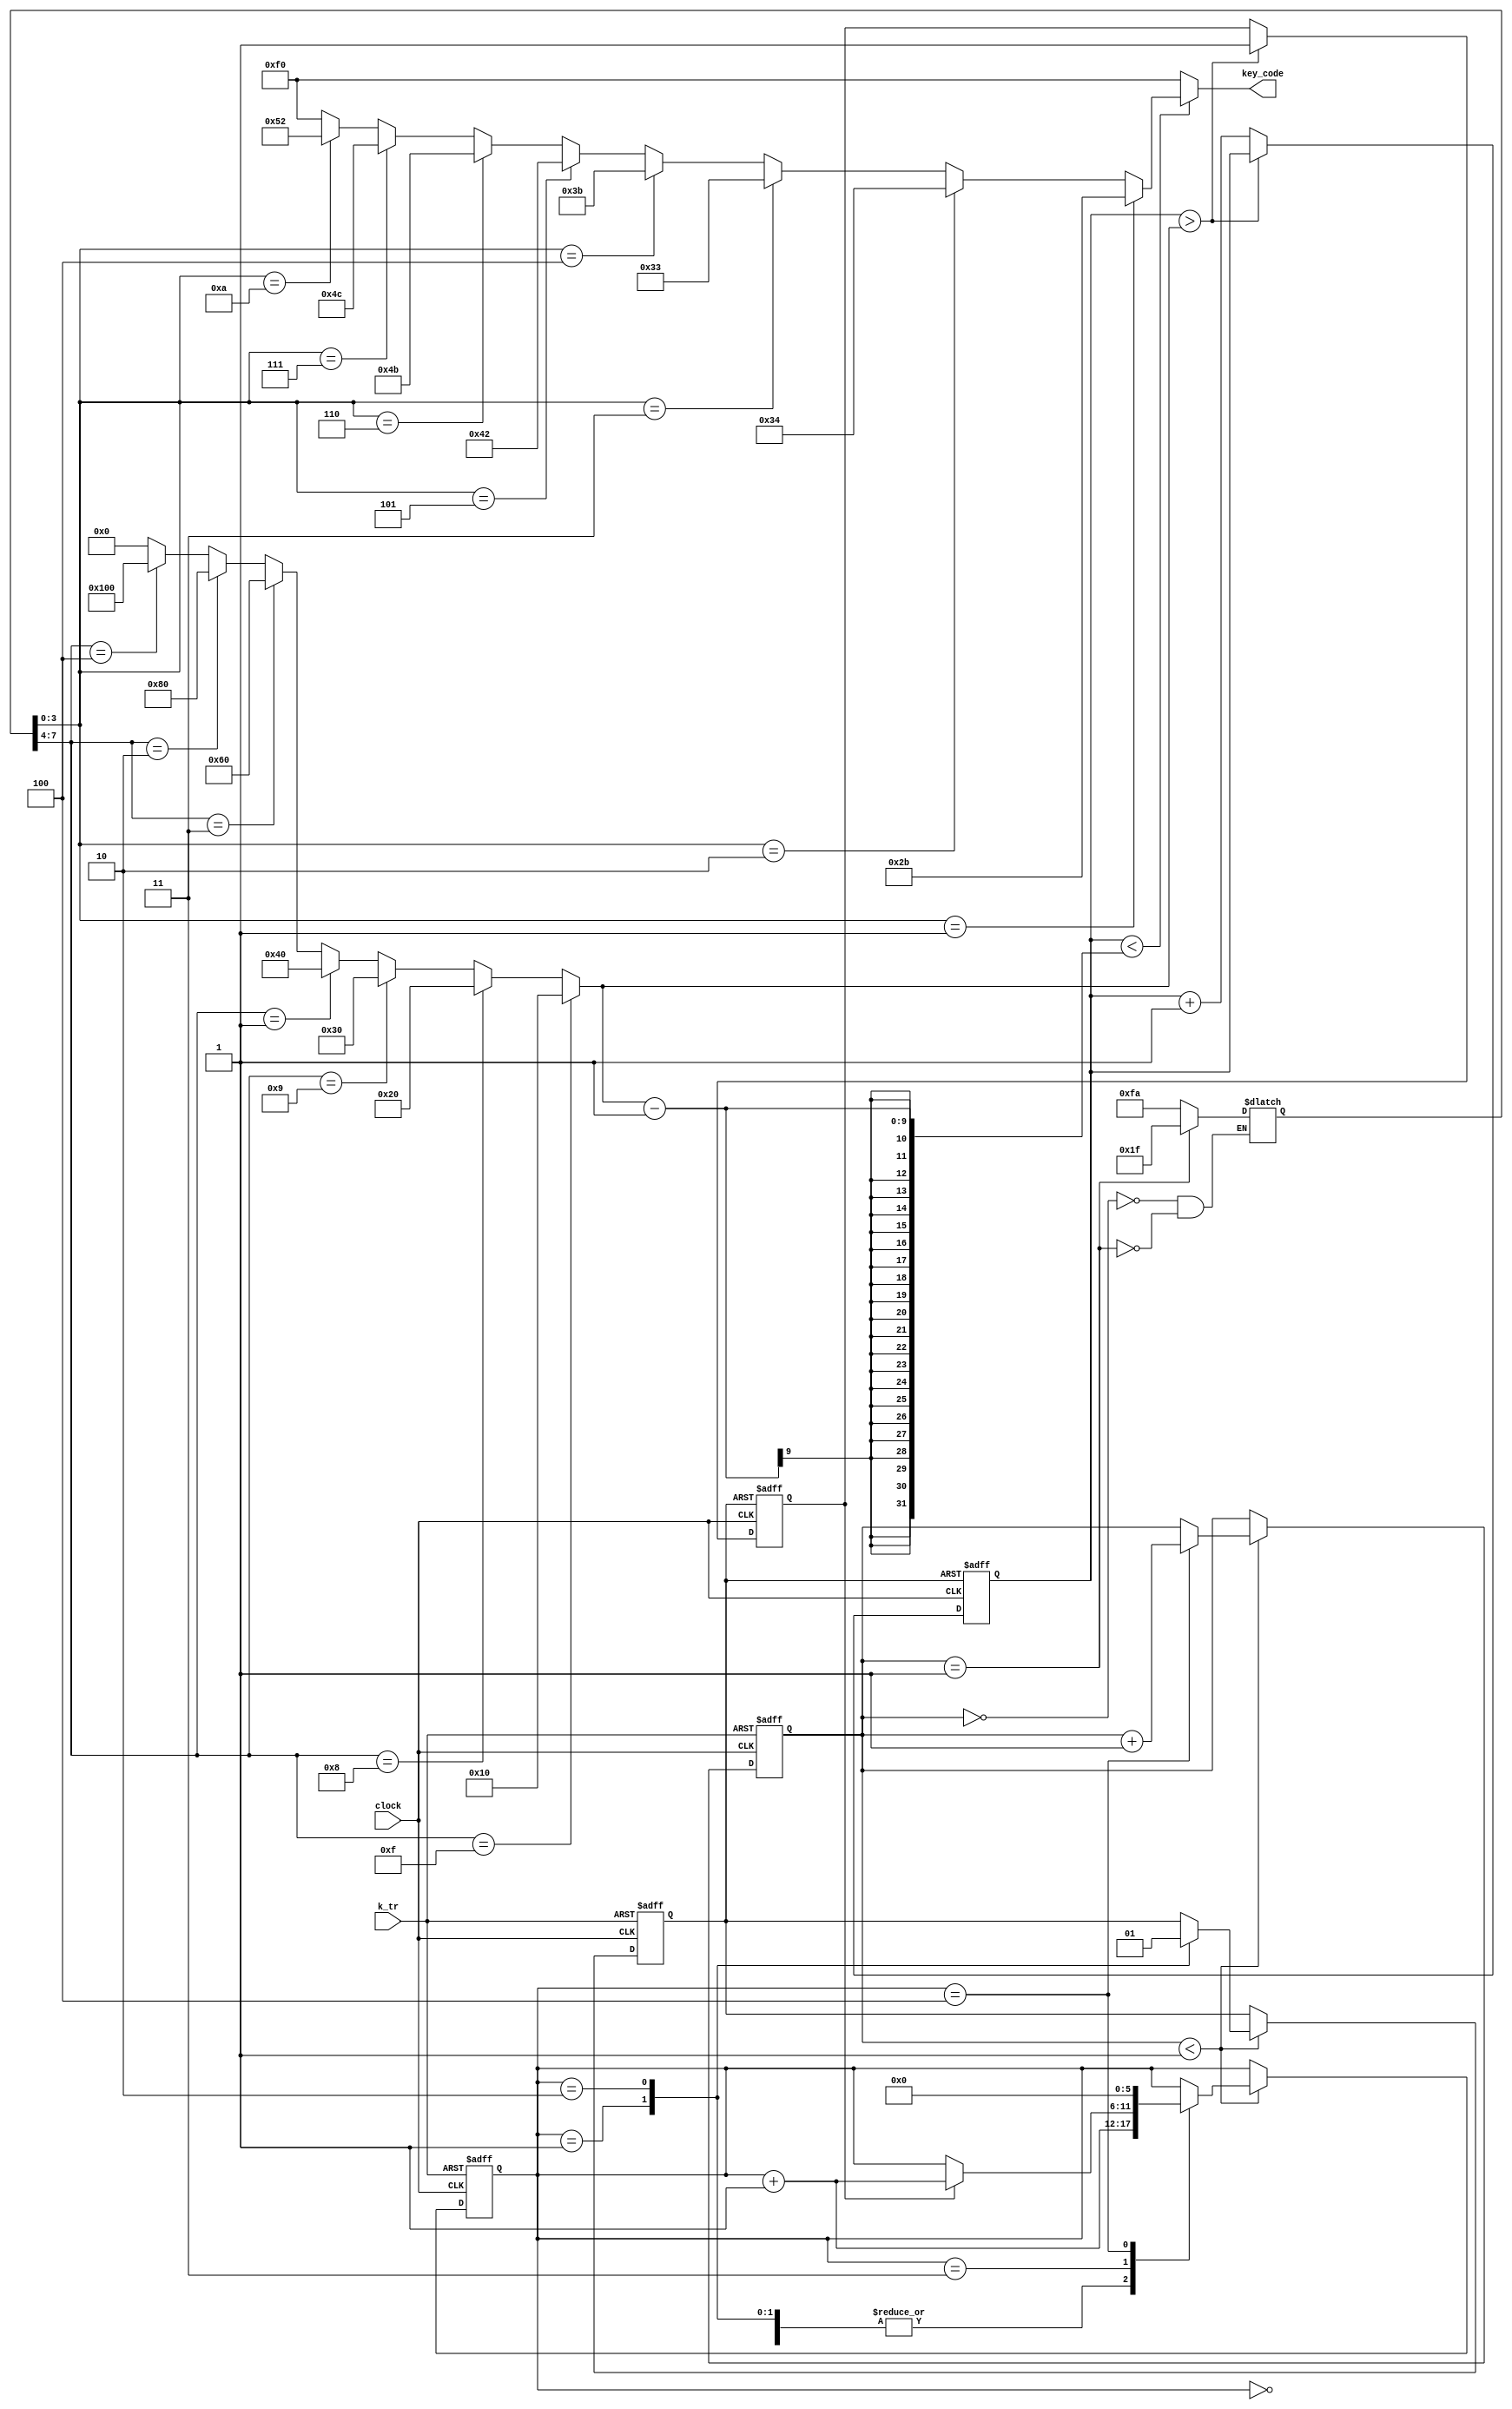
module demo_sound1(
	input  clock,
	output [7:0]key_code,
	input  k_tr
);

	reg [15:0]tmp;
	wire[15:0]tmpa;
	reg tr;
	reg [15:0]step;
	wire[15:0]step_r;
	reg [15:0]TT;
	reg[5:0]st;
	reg go_end;

////////Music-processing////////
	always @(negedge k_tr or posedge clock) begin
	if (!k_tr) begin
   		step=0;
   		st=0;
   		tr=0;
	end
	else
	if (step<step_r) begin
  		case (st)
  		0: st=st+1;
  		1: begin tr=0; st=st+1;end
  		2: begin tr=1;st=st+1;end
  		3: if(go_end) st=st+1;
  		4: begin st=0;step=step+1;end
  		endcase
	end
	end

///////////////  pitch  //////////////////
	wire [7:0]key_code1=(
		(TT[3:0]==1)?8'h2b:(//1
		(TT[3:0]==2)?8'h34:(//2
		(TT[3:0]==3)?8'h33:(//3
		(TT[3:0]==4)?8'h3b:(//4
		(TT[3:0]==5)?8'h42:(//5
		(TT[3:0]==6)?8'h4b:(//6
		(TT[3:0]==7)?8'h4c:(//7
		(TT[3:0]==10)?8'h52:(//1
		(TT[3:0]==15)?8'hf0:8'hf0
		))))))))
	);

///////////////  paddle  ///////////////////
	assign tmpa[15:0]=(
		(TT[7:4]==15)?16'h10:(
		(TT[7:4]==8)? 16'h20:(
		(TT[7:4]==9)? 16'h30:(
		(TT[7:4]==1)? 16'h40:(
		(TT[7:4]==3)? 16'h60:(
		(TT[7:4]==2)? 16'h80:(
		(TT[7:4]==4)? 16'h100:0
		))))))
	);

/////////// note list ///////////
	always @(step) begin
	case (step)
		0:TT=8'hfa;
		1:TT=8'h1f;//end
	endcase
	end
	assign step_r=1;///Total note

/////////////KEY release & code-out ////////////////
	always @(negedge tr or posedge clock)begin
		if(!tr) begin tmp=0;go_end=0 ;end
		else if (tmp>tmpa)go_end=1; 
		else tmp=tmp+1;
	end
	assign key_code=(tmp<(tmpa-1))?key_code1:8'hf0;

endmodule